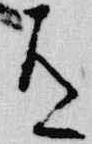
有